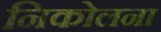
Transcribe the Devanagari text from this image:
निकोलना